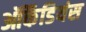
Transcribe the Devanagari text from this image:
ऑर्कैडियंस